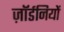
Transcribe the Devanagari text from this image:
ज़ॉर्डनियों